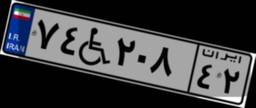
۷۲W۴۹۵۸۵